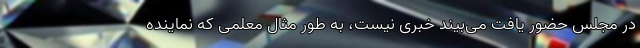
در مجلس حضور یافت می‌بیند خبری نیست، به طور مثال معلمی که نماینده